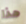
هذا